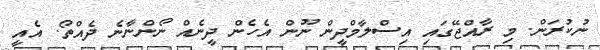
ނުކުރަން. މި ރާއްޖޭގައި އިސްލާމްދީން ނޫން އެހެން ދީނެއް ނޯންނާނެ ދެއްތޯ. އެއީ